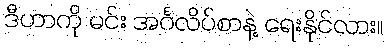
ဒီဟာကို မင်း အင်္ဂလိပ်စာနဲ့ ရေးနိုင်လား။